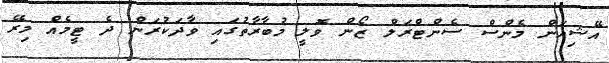
އޭޝިއަން މެންސް ސެންޓްރަލް ޒޯން ވޮލީ މުބާރާތުގައި ވާދަކުރަން ދެ ޓީމެއް މިރޭ